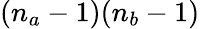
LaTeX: (n_{a}-1)(n_{b}-1)